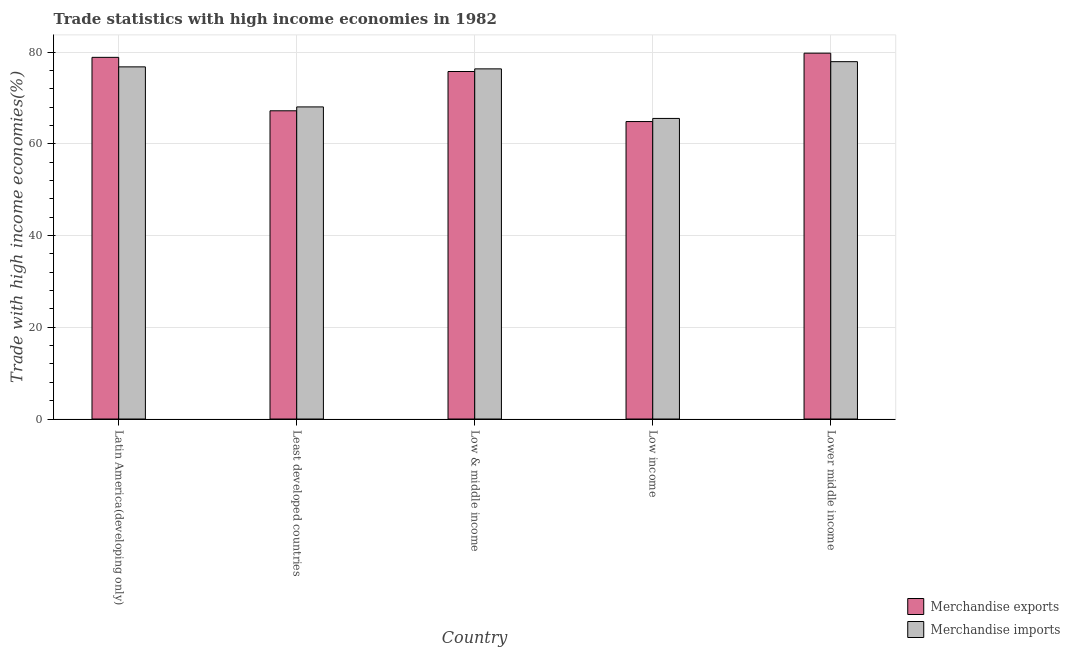
| Country | Merchandise exports | Merchandise imports |
 | --- | --- | --- |
 | Latin America(developing only) | 78.8 | 76.8 |
 | Least developed countries | 67.2 | 68 |
 | Low & middle income | 75.8 | 76.3 |
 | Low income | 64.8 | 65.5 |
 | Lower middle income | 79.8 | 77.9 |